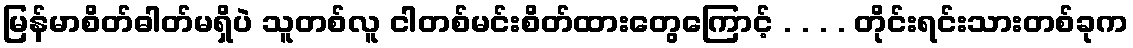
မြန်မာစိတ်ဓါတ်မရှိပဲ သူတစ်လူ ငါတစ်မင်းစိတ်ထားတွေကြောင့် . . . . တိုင်းရင်းသားတစ်ခုက